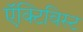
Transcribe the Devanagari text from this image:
ऍक्टिविस्ट